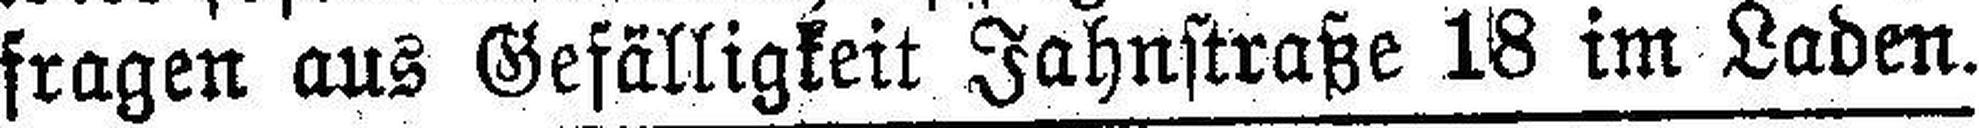
fragen aus Gefälligkeit Jahnstraße 18 im Laden.